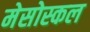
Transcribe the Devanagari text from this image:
मेसोस्कल